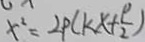
x ^ { 2 } = 2 p ( k x + \frac { p } { 2 } )